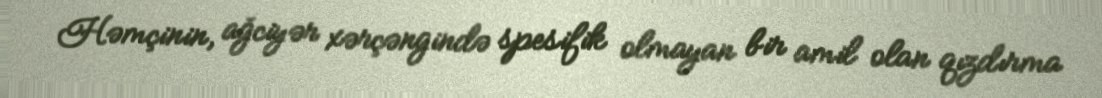
Həmçinin, ağciyər xərçəngində spesifik olmayan bir amil olan qızdırma